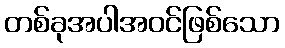
တစ်ခုအပါအဝင်ဖြစ်သော